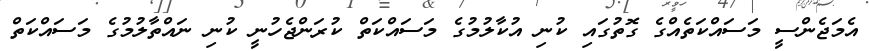
އެމަޖެންސީ މަސައްކަތެއްގެ ގޮތުގައި ކުނި އުކާލުމުގެ މަސައްކަތް ކުރަންޖެހުނީ ކުނި ނައްތާލުމުގެ މަސައްކަތް